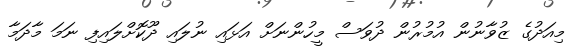
މިއަދުގެ ޒުވާނުން އުމުރުން ދުވަސް މީހުންނަށް އަޅައި ނުލައި ދޫކޮށްލައިފި ނަމަ މާދަމާ